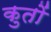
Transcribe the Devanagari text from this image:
कुतों